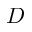
D